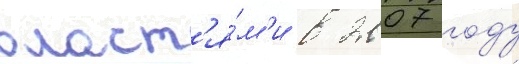
власт'я́м'и в 2007 году